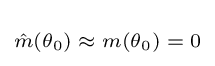
\scriptstyle {\hat {m}}(\theta _{0})\;\approx \;m(\theta _{0})\;=\;0